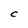
Character: C